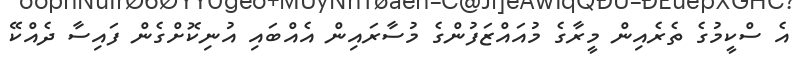
އެ ސްކީމުގެ ތެރެއިން މީރާގެ މުއައްޒަފުންގެ މުސާރައިން އެއްބައި އުނިކޮށްގެން ފައިސާ ދެއްކޭ